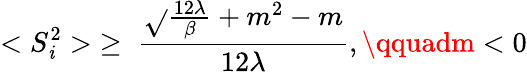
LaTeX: <S_{\mathit{i}}^{2}>\; \ge\; \frac{{{\sqrt{}{{\frac{{12\lambda}}{{\beta}}+m^{2}}}}-m}}{{12\lambda}},\qquadm<0